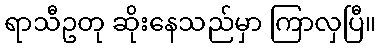
ရာသီဥတု ဆိုးနေသည်မှာ ကြာလှပြီ။